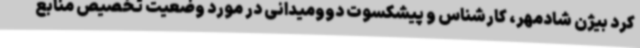
کرد بیژن شادمهر، کارشناس و پیشکسوت دوومیدانی در مورد وضعیت تخصیص منابع